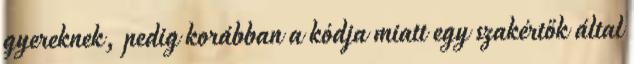
gyereknek, pedig korábban a kódja miatt egy szakértők által